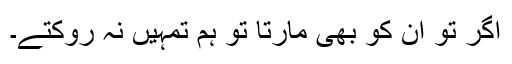
اگر تو ان کو بھی مارتا تو ہم تمہیں نہ روکتے۔